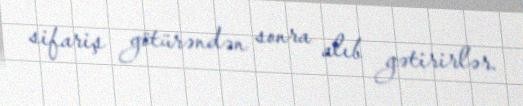
sifariş götürəndən sonra alıb gətirirlər.